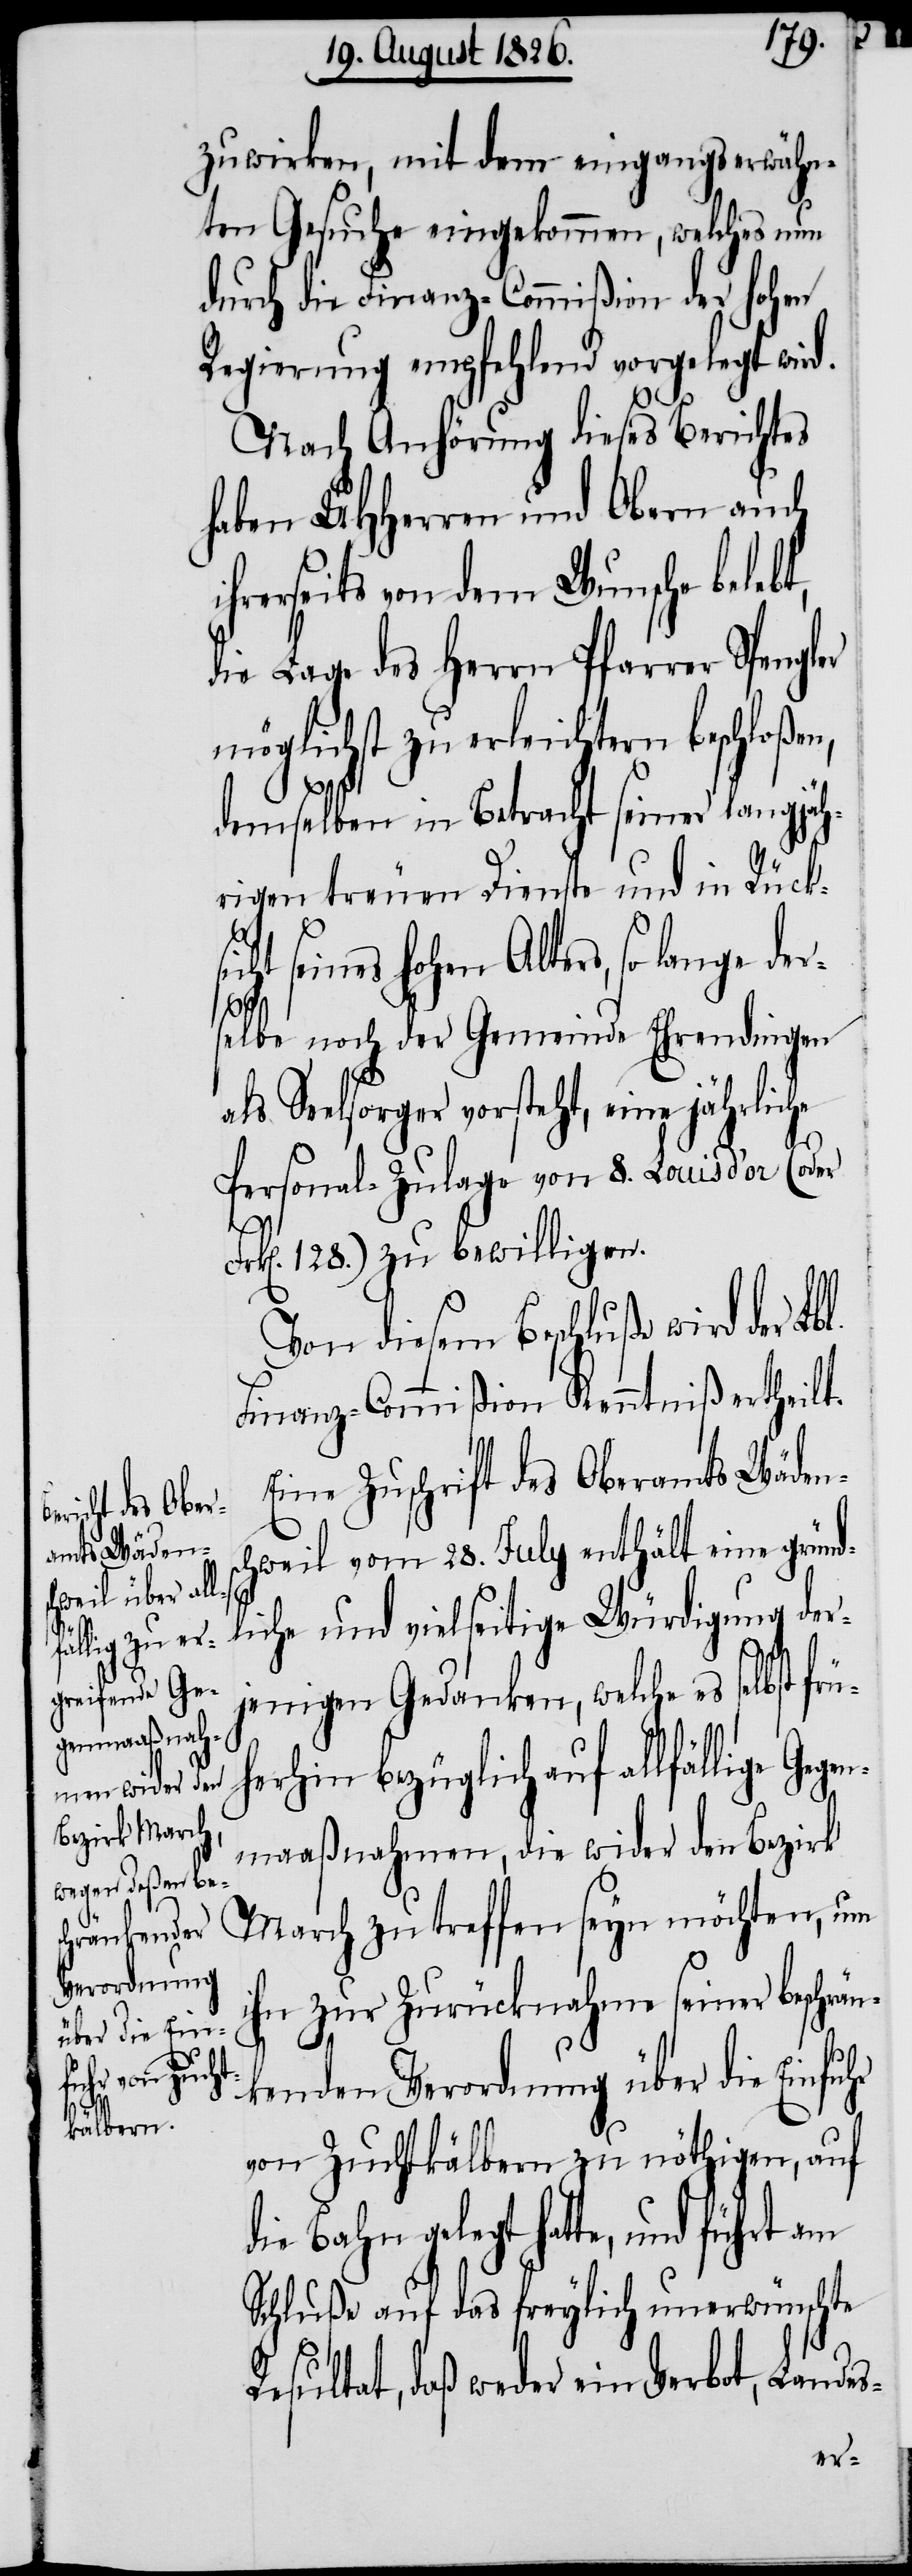
lange der¬
führt am

zuwirken, mit dem eingangserwähn¬
ten Gesuche eingekommen, welches nun
durch die Finanz-Commißion der hohen
Regierung empfehlend vorgelegt wird.
Nach Anhörung dieses Berichtes
haben MHHerren und Obern auch
ihrerseits von dem Wunsche belebt,
die Lage des Herrn Pfarrer Spengler
möglichst zu erleichtern beschloße¬
demselben in Betracht seiner langjäh¬
rigen treuen Dienste und in Rücks¬
selbe noch der Gemeinde Ehrendingen
elsorger vorsteht, eine jährliche
Personal-Zulage von 8. Louis d’or (oder
l.
k[en]. 128.) zu bewilligen.
Von diesem Beschluße wird der Lb¬
Finanz-Commißion Kenntniß ertheilt.
Eine Zuschrift des Oberamts Wäden¬
schweil vom 28. July enthält eine gründ¬
als
liche und vielseitige Würdigung der¬
jenigen Gedanken, welche es selbst frü¬
herhin bezüglich auf allfällige Geg¬
enmaaßnahmen, die wider den Bezirk
March zu treffen seyn möchten, um
ihn zur Zurücknahme seiner beschrän¬
kenden Verordnung über die Einfuhr
von Zuchtkälbern zu nöthigen, auf
die Bahn gelegt hatte,
Schluße auf das freylich unerwünschte
Resultat, daß weder ein Verbot, Landes-

Fr¬